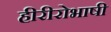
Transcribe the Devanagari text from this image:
हीरीरोभाषी